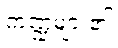
ကဏ္ဍများ၏